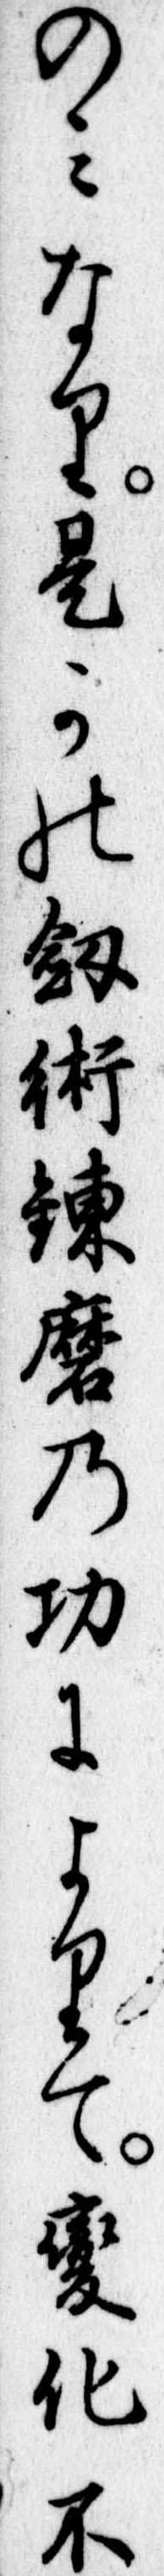
のみなり是かの剣術錬磨の功によりて変化不